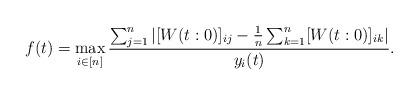
LaTeX: \begin{align*}f(t) = \max_{i\in [n]}\frac{\sum_{j=1}^{n}|[W(t:0)]_{ij}-\frac{1}{n}\sum_{k=1}^{n}[W(t:0)]_{ik}|}{y_i(t)}.\end{align*}